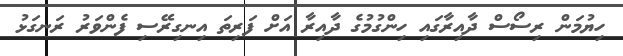
ހިޔުމަން ރިސޯސް ދާއިރާގައި ހިންގުމުގެ ދާއިރާ އަށް ފަރިތަ އިނގިރޭސި ފެންވަރު ރަނގަޅު